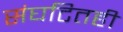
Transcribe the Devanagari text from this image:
संघटितही